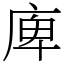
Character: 庳